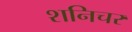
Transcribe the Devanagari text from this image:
शनिचर